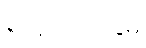
အောက်ခြေမှ